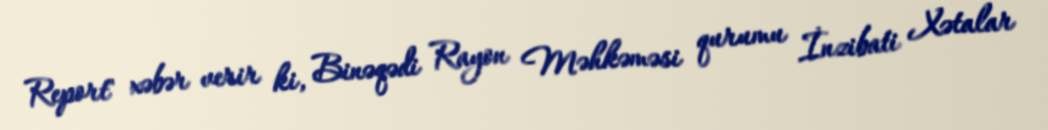
Report" xəbər verir ki, Binəqədi Rayon Məhkəməsi qurumu İnzibati Xətalar